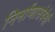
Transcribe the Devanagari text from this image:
निर्माणासंबंधी